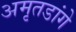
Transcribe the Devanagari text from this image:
अमृतडांगे